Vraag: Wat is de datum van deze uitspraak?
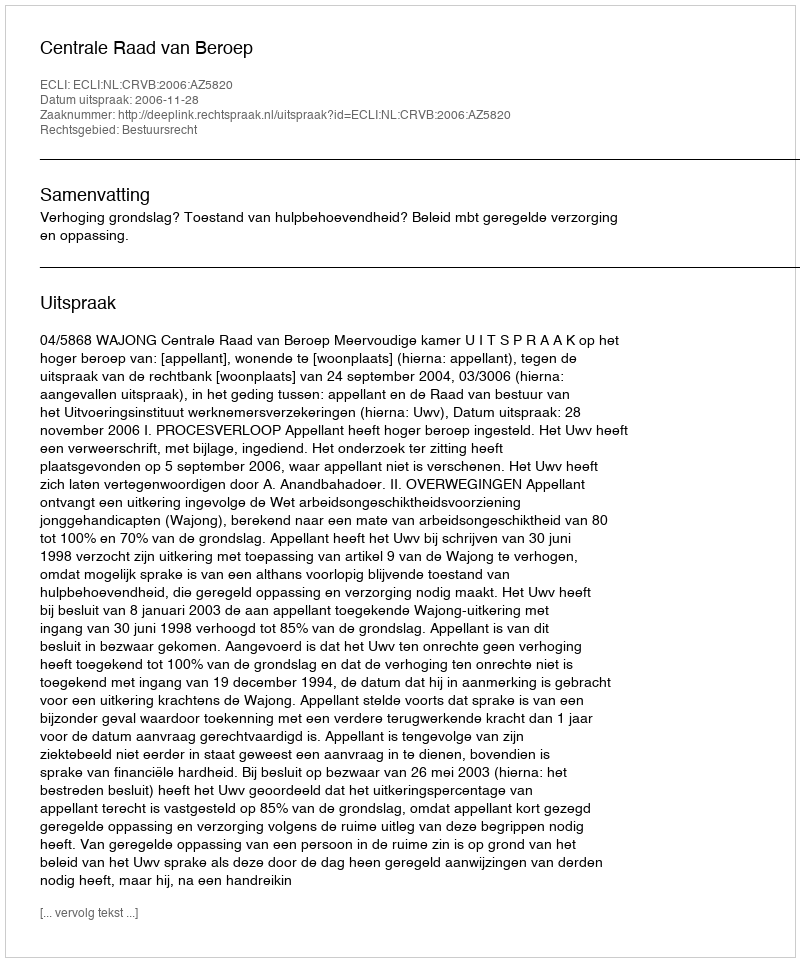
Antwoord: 2006-11-28